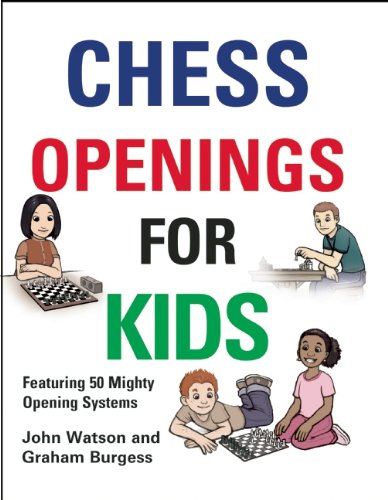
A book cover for Chess Openings for Kids; John Watson; Humor & Entertainment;